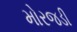
મોરજડી